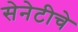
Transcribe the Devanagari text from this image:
सेनेटीचे